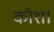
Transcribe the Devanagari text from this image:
कोश।